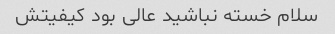
سلام خسته نباشید عالی بود کیفیتش